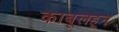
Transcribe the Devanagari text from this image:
काबूलहून